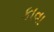
કાવા